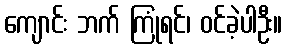
ကျောင်း ဘက် ကြုံရင်၊ ဝင်ခဲ့ပါဦး။